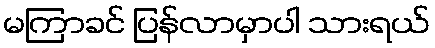
မကြာခင် ပြန်လာမှာပါ သားရယ်